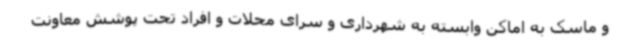
و ماسک به اماکن وابسته به شهرداری و سرای محلات و افراد تحت پوشش معاونت